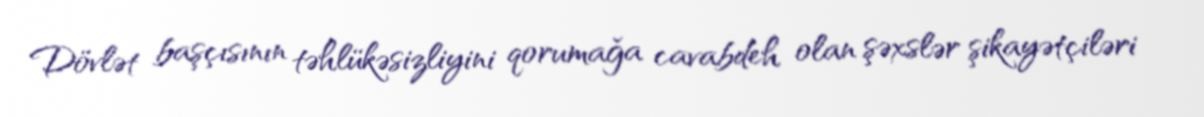
Dövlət başçısının təhlükəsizliyini qorumağa cavabdeh olan şəxslər şikayətçiləri